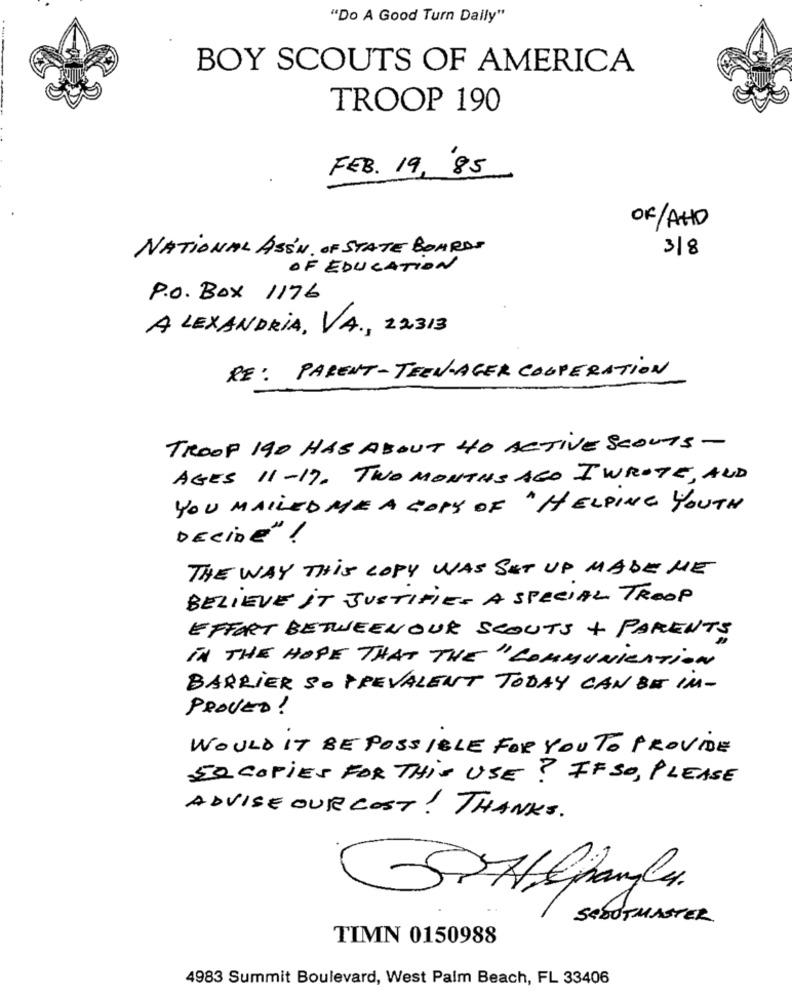
"Do A Good Turn Daily"
BOY SCOUTS OF AMERICA
TROOP 190
FEB. 19 , 85
OF/AHD
NATIONAL ASS'N. OF STATE BOARDS
3/8
OF EDUCATION
P.O. Box 1176
ALEXANDRIA, VA ., 22313
RE : PARENT-TEEN-AGER COOPERATION
TROOP 190 HAS ABOUT 40 ACTIVE SCOUTS-
AGES 11-17. TWO MONTHS AGO I WROTE, AND
YOU MAILED ME A COPY OF "HELPING YOUTH
DECIDE" !
THE WAY THIS COPY WAS SET UP MADE ME
BELIEVE IT JUSTIFIES A SPECIAL TROOP
EFFORT BETWEENOUR SCOUTS + PARENTS
IN THE HOPE THAT THE "COMMUNICATION
BARRIER SO PREVALENT TODAY CAN BE IM-
PROVED !
WOULD IT BE POSSIBLE FOR YOU TO PROVIDE
50 COPIES FOR THIS USE? IF SO, PLEASE
ADVISE OUR COST! THANKS.
Hejangle.
SCOUTMASTER
TIMN 0150988
4983 Summit Boulevard, West Palm Beach, FL 33406